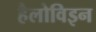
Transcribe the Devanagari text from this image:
हैलोविइन